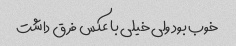
خوب بود ولی خیلی با عکس فرق داشت